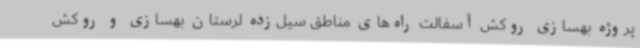
پروژه بهسازی روکش آسفالت راه‌های مناطق سیل‌زده لرستان بهسازی و روکش